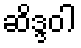
ဆိဒ္ဒဝါ